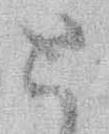
と